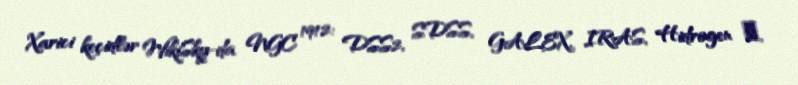
Xarici keçidlər WikiSky-da NGC 1912: DSS2, SDSS, GALEX, IRAS, Hidrogen α,